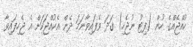
ކުއްޖެއްގެ ހުން (ފިޓު ނުޖެހި) ގަދަ ވެފައިވާނަމަ ދެން އެކުއްޖަކަށް އެ ޖެހިފައިވާ